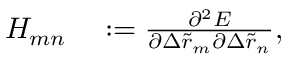
\begin{array} { r l } { H _ { m n } } & { { } : = \frac { \partial ^ { 2 } E } { \partial \Delta \tilde { r } _ { m } \partial \Delta \tilde { r } _ { n } } , } \end{array}